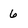
Character: 6